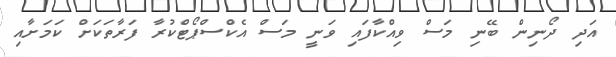
އަދި ދޯނިން ބޭނި މަސް ވިއްކާފައި ވަނީ މަސް އެކްސްޕޯޓްކުރާ ފަރާތަކަށް ކަމަށާއި